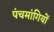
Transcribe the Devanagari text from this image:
पंचमांगियों